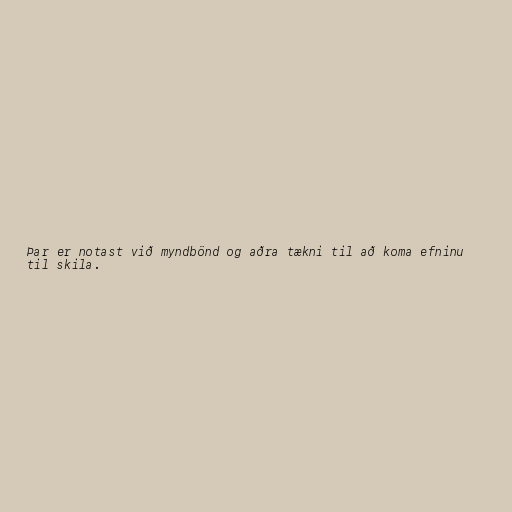
Þar er notast við myndbönd og aðra tækni til að koma efninu
til skila.